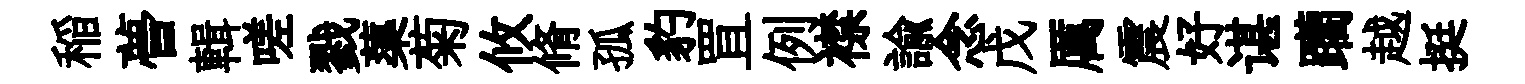
稲瞢輯嗟戮蕖菊攸脩孤豹罝例襟諭念戊厲震好谌躪越挺